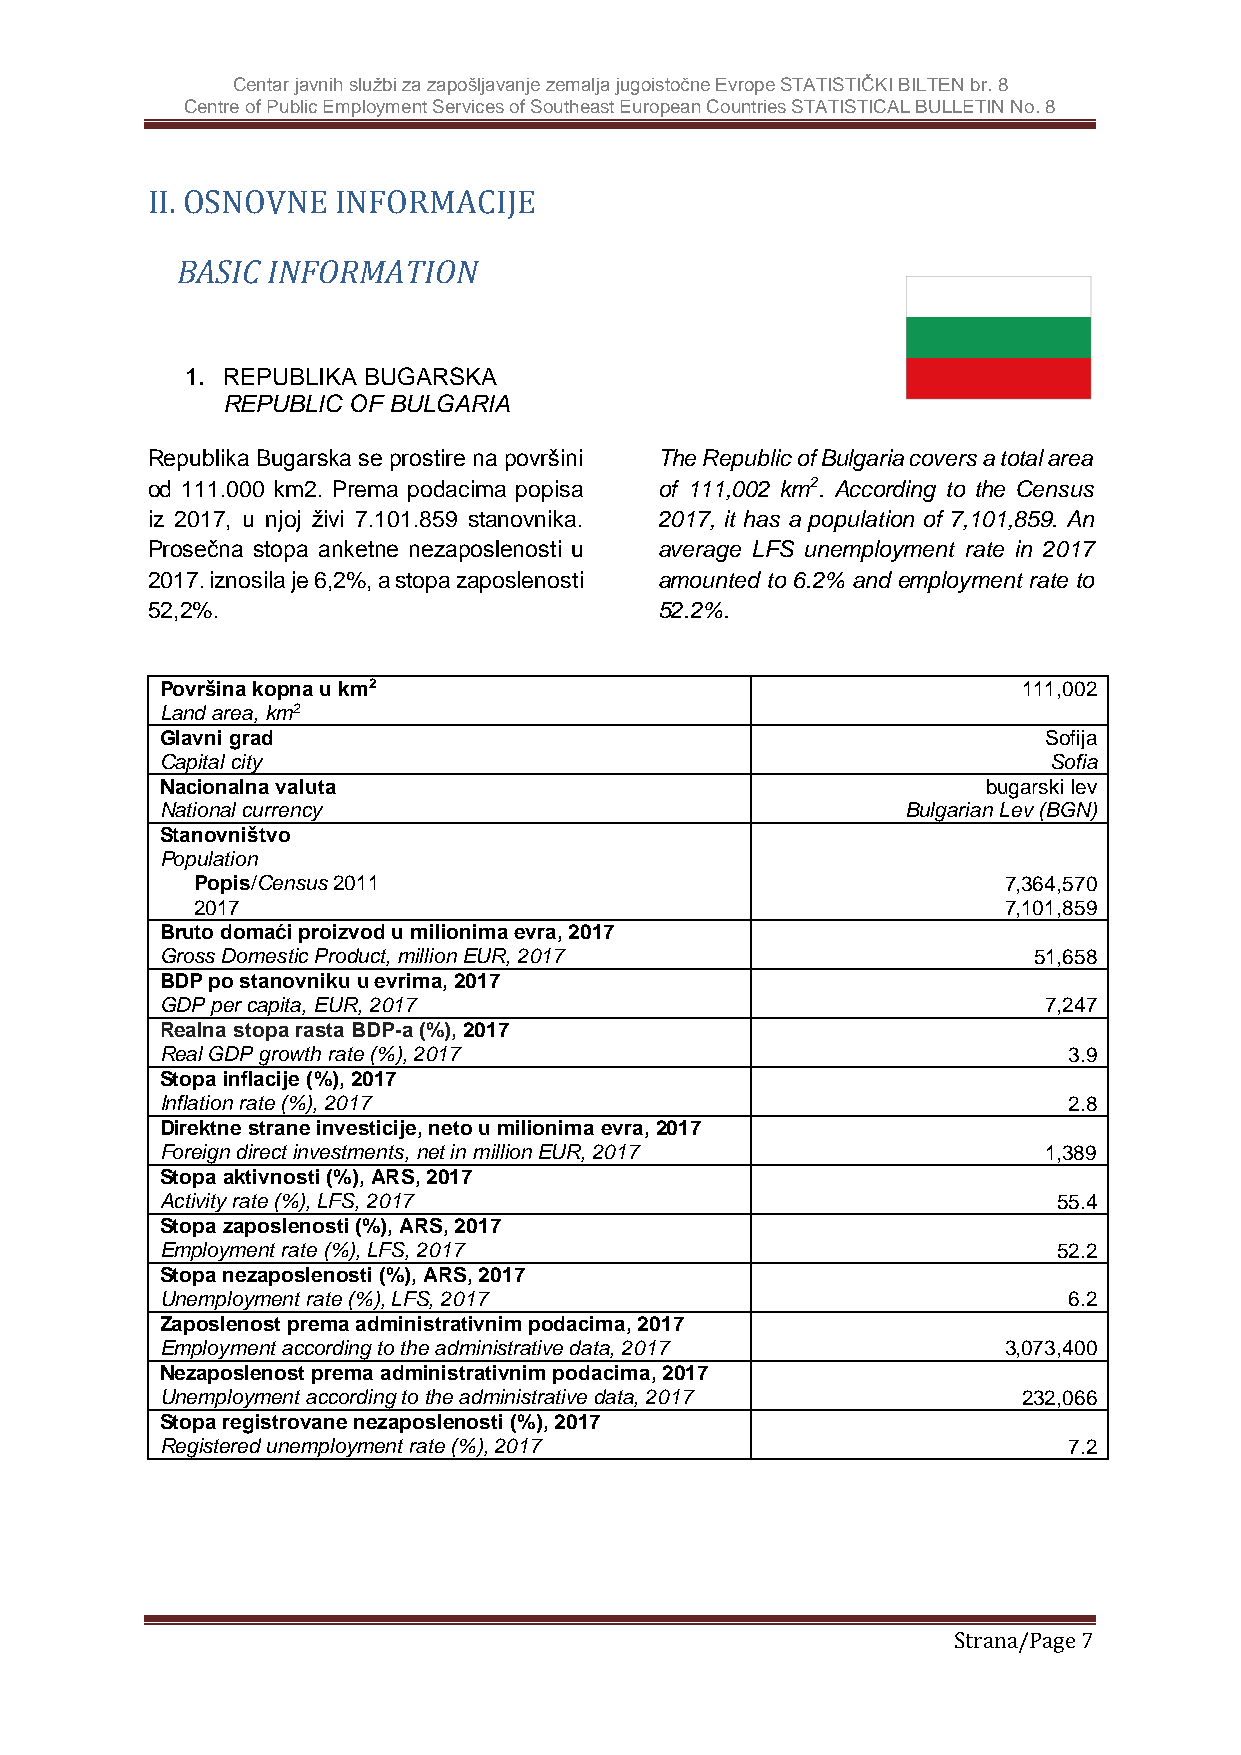
Centar javnih službi za zapošljavanje zemalja jugoistočne Evrope STATISTIČKI BILTEN br. 8
 Centre of Public Employment Services of Southeast European Countries STATISTICAL BULLETIN No. 8
 II. OSNOVNE INFORMACIJE
 BASIC INFORMATION
 1. REPUBLIKA BUGARSKA
 REPUBLIC OF BULGARIA
 Republika Bugarska se prostire na površini The Republic of Bulgaria covers a total area
 od 111.000 km2. Prema podacima popisa of 111,002 km2. According to the Census
 iz 2017, u njoj živi 7.101.859 stanovnika. 2017, it has a population of 7,101,859. An
 Prosečna stopa anketne nezaposlenosti u average LFS unemployment rate in 2017
 2017. iznosila je 6,2%, a stopa zaposlenosti amounted to 6.2% and employment rate to
 52,2%.                            52.2%.
 Površina kopna u km2                                     111,002
 Land area, km2
 Glavni grad                                               Sofija
 Capital city                                              Sofia
 Nacionalna valuta                                     bugarski lev
 National currency                                Bulgarian Lev (BGN)
 Stanovništvo
 Population
 Popis/Census 2011                                    7,364,570
 2017                                                 7,101,859
 Bruto domaći proizvod u milionima evra, 2017
 Gross Domestic Product, million EUR, 2017                51,658
 BDP po stanovniku u evrima, 2017
 GDP per capita, EUR, 2017                                 7,247
 Realna stopa rasta BDP-a (%), 2017
 Real GDP growth rate (%), 2017                              3.9
 Stopa inflacije (%), 2017
 Inflation rate (%), 2017                                    2.8
 Direktne strane investicije, neto u milionima evra, 2017
 Foreign direct investments, net in million EUR, 2017      1,389
 Stopa aktivnosti (%), ARS, 2017
 Activity rate (%), LFS, 2017                               55.4
 Stopa zaposlenosti (%), ARS, 2017
 Employment rate (%), LFS, 2017                             52.2
 Stopa nezaposlenosti (%), ARS, 2017
 Unemployment rate (%), LFS, 2017                            6.2
 Zaposlenost prema administrativnim podacima, 2017
 Employment according to the administrative data, 2017  3,073,400
 Nezaposlenost prema administrativnim podacima, 2017
 Unemployment according to the administrative data, 2017  232,066
 Stopa registrovane nezaposlenosti (%), 2017
 Registered unemployment rate (%), 2017                      7.2
 Strana/Page 7